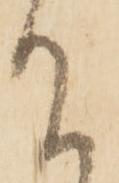
て